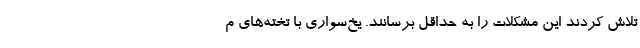
تلاش کردند این مشکلات را به حداقل برسانند. یخ‌سواری با تخته‌های م